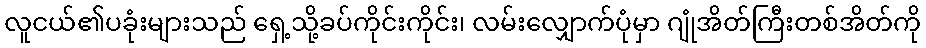
လူငယ်၏ပခုံးများသည် ရှေ့သို့ခပ်ကိုင်းကိုင်း၊ လမ်းလျှောက်ပုံမှာ ဂျုံအိတ်ကြီးတစ်အိတ်ကို